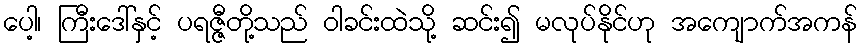
ပေါ့၊ ကြီးဒေါ်နှင့် ပရဇ္ဇီတို့သည် ဝါခင်းထဲသို့ ဆင်း၍ မလုပ်နိုင်ဟု အကျောက်အကန်